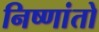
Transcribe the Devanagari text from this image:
निष्णांतो